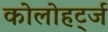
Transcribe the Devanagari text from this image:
कोलोहर्ट्ज